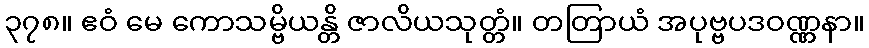
၃၇၈။ ဧဝံ မေ ကောသမ္ဗိယန္တိ ဇာလိယသုတ္တံ။ တတြာယံ အပုဗ္ဗပဒဝဏ္ဏနာ။